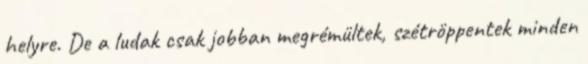
helyre. De a ludak csak jobban megrémültek, szétröppentek minden